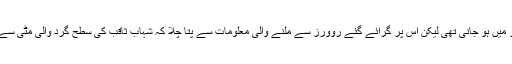
اس جہاز کی شہاب ثاقب پر لینڈنگ گزشتہ سال اکتوبر میں ہو جانی تھی لیکن اس پر گرائے گئے روورز سے ملنے والی معلومات سے پتا چلا کہ شہاب ثاقب کی سطح گرد والی مٹی سے ڈھکی ہوئی نہیں ہے بلکہ یہ پتھر سے بنی ہوئی ہے۔